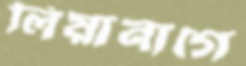
লিয়ানাগে